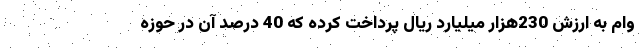
وام به ارزش 230هزار میلیارد ریال پرداخت کرده که 40 درصد آن در حوزه